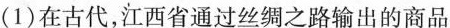
(1)在古代，江西省通过丝绸之路输出的商品